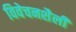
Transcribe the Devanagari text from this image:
विवेचनशैली